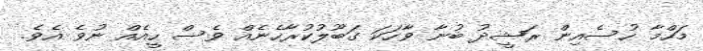
މަހްމާ ހުސެއިން ރަޝީދު ބުނާ ވާހަކަ ގަބޫލުކުރާހެނެއް ވެސް ހީއެއް ނުވެ އެވެ.